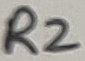
Text: R2